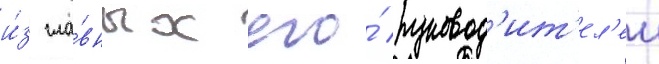
и́з гла́вных его́ руковод'ит'ел'еи